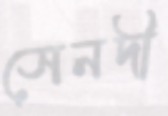
সেনদী